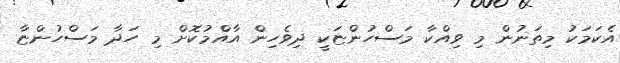
އެކަމަކު މިތަނުން މި ވިއްކާ މަސްހުންޏަކީ ދިވެހިން އާއްމުކޮށް މި ހަދާ މަސްހުންޏާ